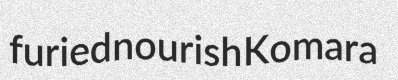
furied nourish Komara